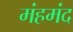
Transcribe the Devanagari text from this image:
मंहमंद